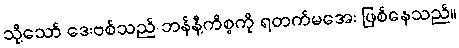
သို့သော် ဒေးဗစ်သည် ဘန်နီ့ကိစ္စကို ရတက်မအေး ဖြစ်နေသည်။